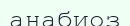
анабиоз